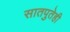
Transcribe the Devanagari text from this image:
सातपुतेही